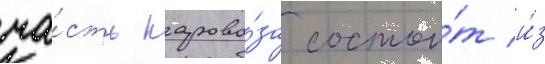
ча́сть парово́за состои́т и́з